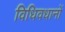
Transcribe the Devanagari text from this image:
विधिवधानों